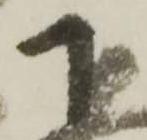
下